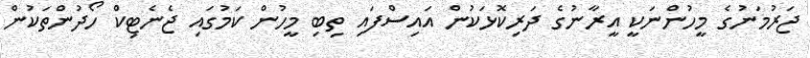
ޖަރުމަނުގެ މީހުންނަކީ އީރާނުގެ ދަރިކޮޅަކުން އައިސްފައި ތިބި މީހުން ކަމުގައި ޖެނެޓިކް ހޯދުންތަކުން